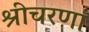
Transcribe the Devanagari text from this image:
श्रीचरणां